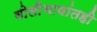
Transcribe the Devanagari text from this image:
बोलीभाषांतही